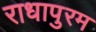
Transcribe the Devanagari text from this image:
राधापुरम